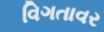
વિગતાવર